Source: Handwritten
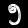
Digit: ၅ (5)